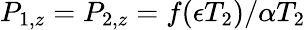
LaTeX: P_{1,z}=P_{2,z}=f(\epsilon T_{2})/\alpha T_{2}